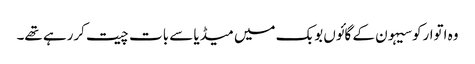
وہ اتوارکوسیہون کے گائوں بوبک میں میڈیا سے بات چیت کررہے تھے۔